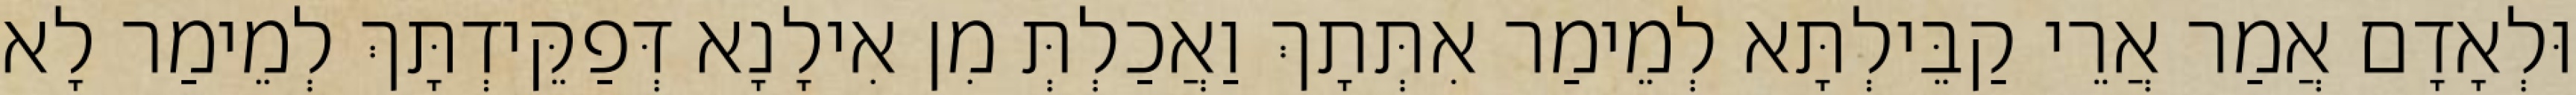
וּלְאָדָם אֲמַר אֲרֵי קַבֵּילְתָּא לְמֵימַר אִתְּתָךְ וַאֲכַלְתְּ מִן אִילָנָא דְּפַקֵּידְתָּךְ לְמֵימַר לָא